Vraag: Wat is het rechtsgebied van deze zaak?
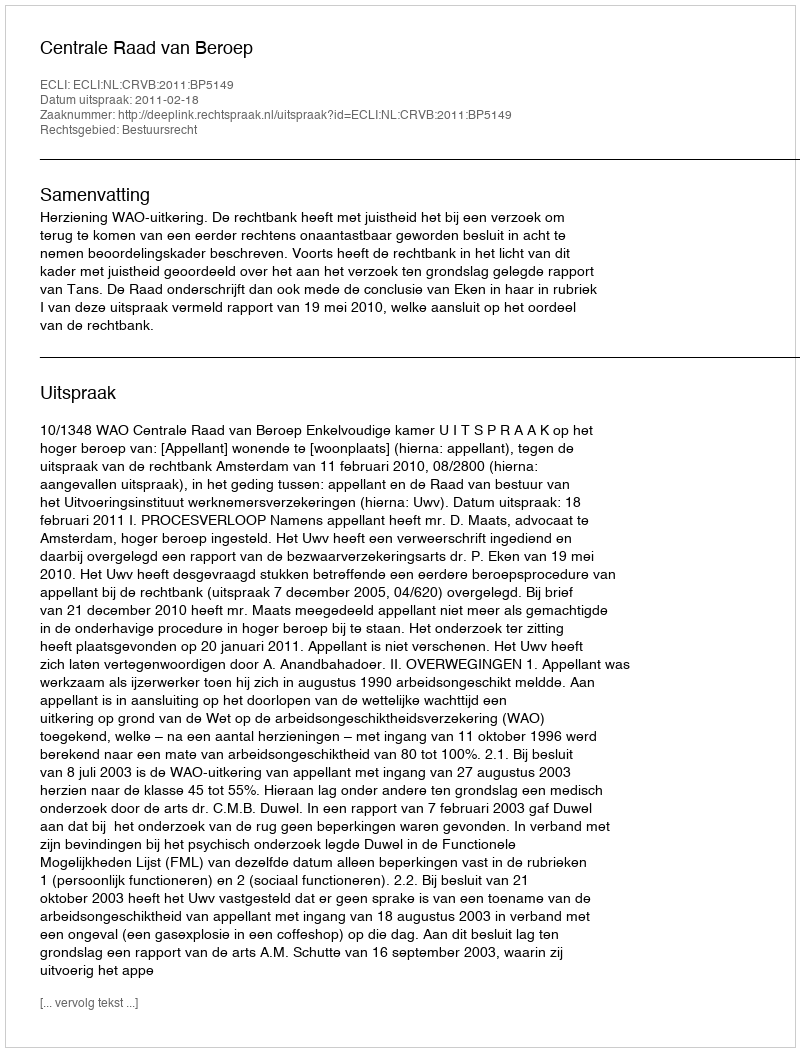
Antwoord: Bestuursrecht